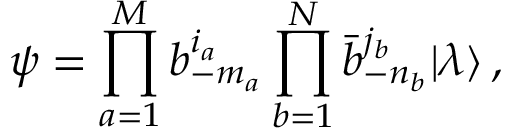
\psi = \prod _ { a = 1 } ^ { M } b _ { - m _ { a } } ^ { i _ { a } } \prod _ { b = 1 } ^ { N } \bar { b } _ { - n _ { b } } ^ { j _ { b } } | \lambda \rangle \, ,